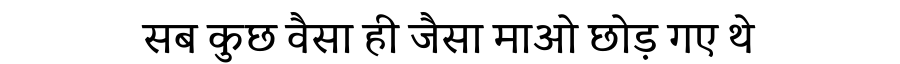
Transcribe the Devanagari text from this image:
सब कुछ वैसा ही जैसा माओ छोड़ गए थे